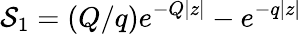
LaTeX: \mathcal{S}_{1}=\left(Q/q\right)e^{-Q|z|}-e^{-q|z|}